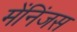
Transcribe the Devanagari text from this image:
मेंनिंजस